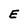
Character: E